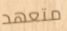
متعهد